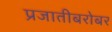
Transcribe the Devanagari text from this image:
प्रजातीबरोबर